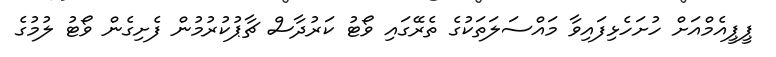
ޕީޕީއެމްއަށް ހުށަހެޅިފައިވާ މައްސަލަތަކުގެ ތެރޭގައި ވޯޓު ކަރުދާސް ޗާޕުކުރުމުން ފެށިގެން ވޯޓު ލުމުގެ